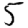
Digit: 5